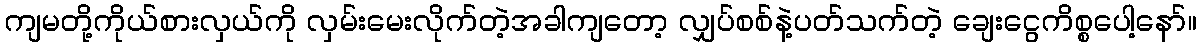
ကျမတို့ကိုယ်စားလှယ်ကို လှမ်းမေးလိုက်တဲ့အခါကျတော့ လျှပ်စစ်နဲ့ပတ်သက်တဲ့ ချေးငွေကိစ္စပေါ့နော်။